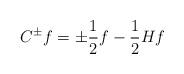
LaTeX: \begin{align*}C^\pm f = \pm \frac{1}{2}f - \frac{1}{2} Hf\end{align*}